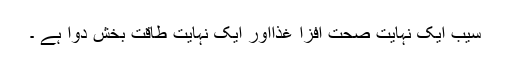
سیب ایک نہایت صحت افزا غذااور ایک نہایت طاقت بخش دوا ہے ۔